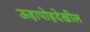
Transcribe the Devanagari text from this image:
ऊहापोहदेखील